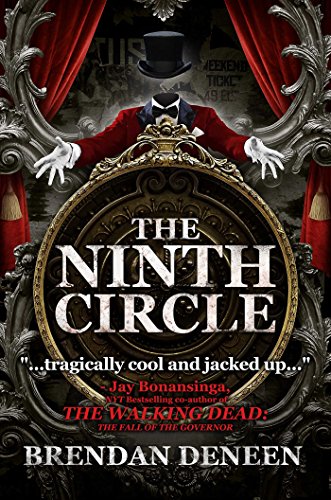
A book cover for The Ninth Circle; Brendan Deneen; Literature & Fiction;